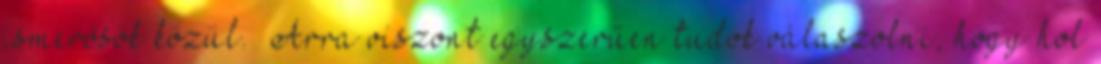
ismerősök közül. –Arra viszont egyszerűen tudok válaszolni, hogy hol